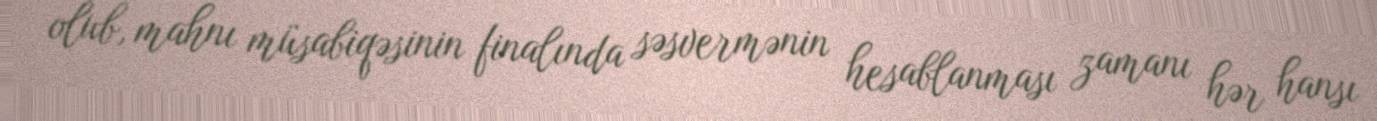
olub, mahnı müsabiqəsinin finalında səsvermənin hesablanması zamanı hər hansı